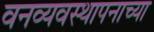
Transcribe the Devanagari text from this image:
वनव्यवस्थापनाच्या